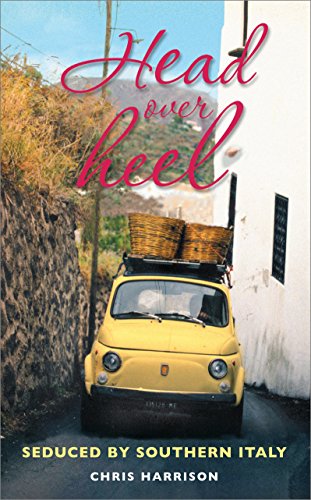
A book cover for Head Over Heel: Seduced by Southern Italy; Chris Harrison; Biographies & Memoirs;